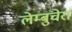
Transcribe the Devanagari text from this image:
लेम्बुचेरा